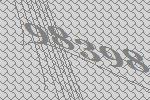
98398